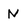
Character: N